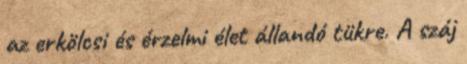
az erkölcsi és érzelmi élet állandó tükre. A száj